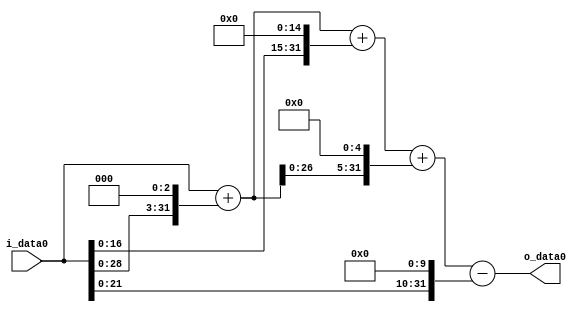
module multiplier_block (
    i_data0,
    o_data0
);

  // Port mode declarations:
  input   [31:0] i_data0;
  output  [31:0]
    o_data0;

  //Multipliers:

  wire [31:0]
    w1,
    w8,
    w9,
    w32768,
    w32777,
    w288,
    w33065,
    w1024,
    w32041;

  assign w1 = i_data0;
  assign w1024 = w1 << 10;
  assign w288 = w9 << 5;
  assign w32041 = w33065 - w1024;
  assign w32768 = w1 << 15;
  assign w32777 = w9 + w32768;
  assign w33065 = w32777 + w288;
  assign w8 = w1 << 3;
  assign w9 = w1 + w8;

  assign o_data0 = w32041;

  //multiplier_block area estimate = 6622.86247982941;
endmodule